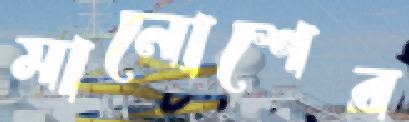
মানোশের